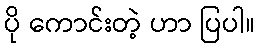
ပို ကောင်းတဲ့ ဟာ ပြပါ။